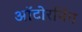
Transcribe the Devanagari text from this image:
ऑटोरनिंग